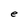
Character: e